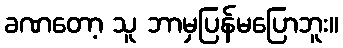
ခဏတော့ သူ ဘာမှပြန်မပြောဘူး။